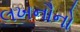
લખનૌનો